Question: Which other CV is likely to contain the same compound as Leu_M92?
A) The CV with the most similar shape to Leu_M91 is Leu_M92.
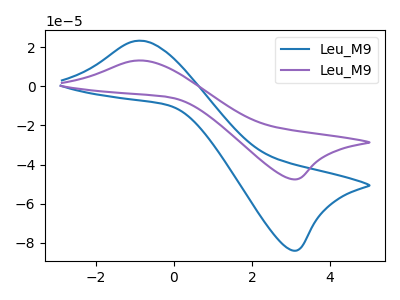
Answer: <think>The blue curve "Leu_M91" has an anodic peak at (-0.85V, 23.30uA) and a cathodic peak at (3.05V, -83.95uA). The purple curve "Leu_M92" has an anodic peak at (-0.85V, 13.20uA) and a cathodic peak at (3.05V, -47.55uA).
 All the peaks in "Leu_M91" have a peak in "Leu_M92" at the same potential. Every peak in "Leu_M91" is higher than every peak in "Leu_M92".</think>
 <answer>A) The CV with the most similar shape to "Leu_M91" is "Leu_M92".</answer>
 <eval>A</eval>